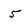
Character: 5